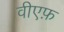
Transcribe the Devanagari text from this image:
वीएफ़